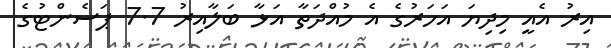
އިރު އެއީ މިދިޔަ އަހަރުގެ އެ މުއްދަތާ އަޅާ ބަލާއިރު 7.7 ޕަސެންޓުގެ